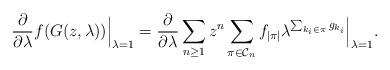
LaTeX: \begin{align*}\frac{\partial}{\partial \lambda} f(G(z,\lambda)) \Bigr|_{\lambda=1}= \frac{\partial}{\partial \lambda} \sum_{n \geq 1} z^n \sum_{\pi \in \mathcal{C}_n} f_{\vert \pi \vert} \lambda^{ \sum_{k_i \in \pi} g_{k_i}} \Bigr|_{\lambda=1}.\end{align*}